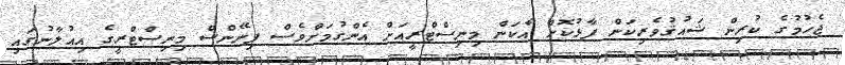
ޖެހުމުގެ ކުރިން ޝައުޤުވެރިކަން ފާޅުކޮށް އެކަން މިނިސްޓްރީއަށް އެންގުމަށްވެސް ފިނޭންސް މިނިސްޓްރީގެ އިއުލާނުގައި